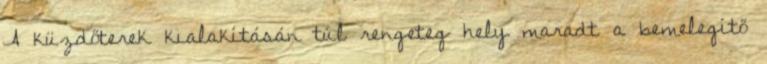
A küzdőterek kialakításán túl rengeteg hely maradt a bemelegítő